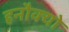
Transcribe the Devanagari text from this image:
हनौक्यो